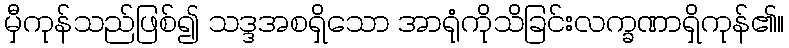
မှီကုန်သည်ဖြစ်၍ သဒ္ဒအစရှိသော အာရုံကိုသိခြင်းလက္ခဏာရှိကုန်၏။